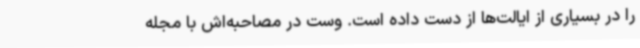
را در بسیاری از ایالت‌ها از دست داده است. وست در مصاحبه‌اش با مجله